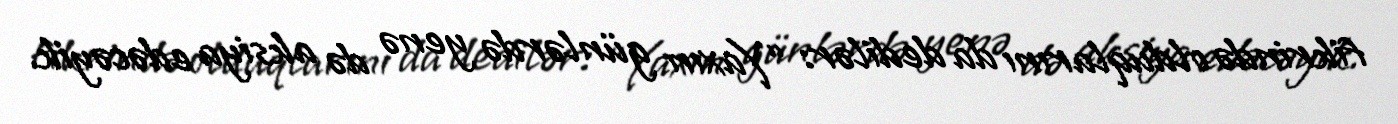
fikrində olduqlarını da dedilər: “Yaxın günlərdə yenə də aksiya edəcəyik.